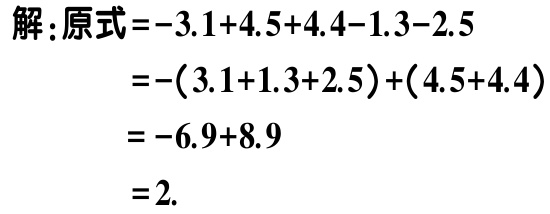
解：原式\(=-3.1 + 4.5 + 4.4 - 1.3 - 2.5\)
\(=-(3.1 + 1.3 + 2.5)+(4.5 + 4.4)\)
\(=-6.9 + 8.9\)
\(=2\).